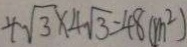
4 \sqrt { 3 } \times 4 \sqrt { 3 } = 4 8 ( m ^ { 2 } )